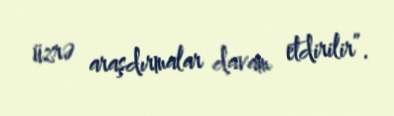
üzrə araşdırmalar davam etdirilir”.